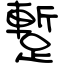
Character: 蹔